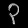
Digit: ၃